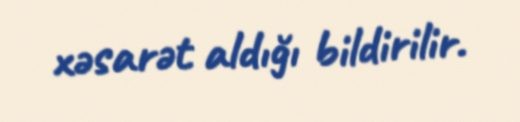
xəsarət aldığı bildirilir.